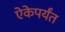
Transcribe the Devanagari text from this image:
ऐकेपर्यंत